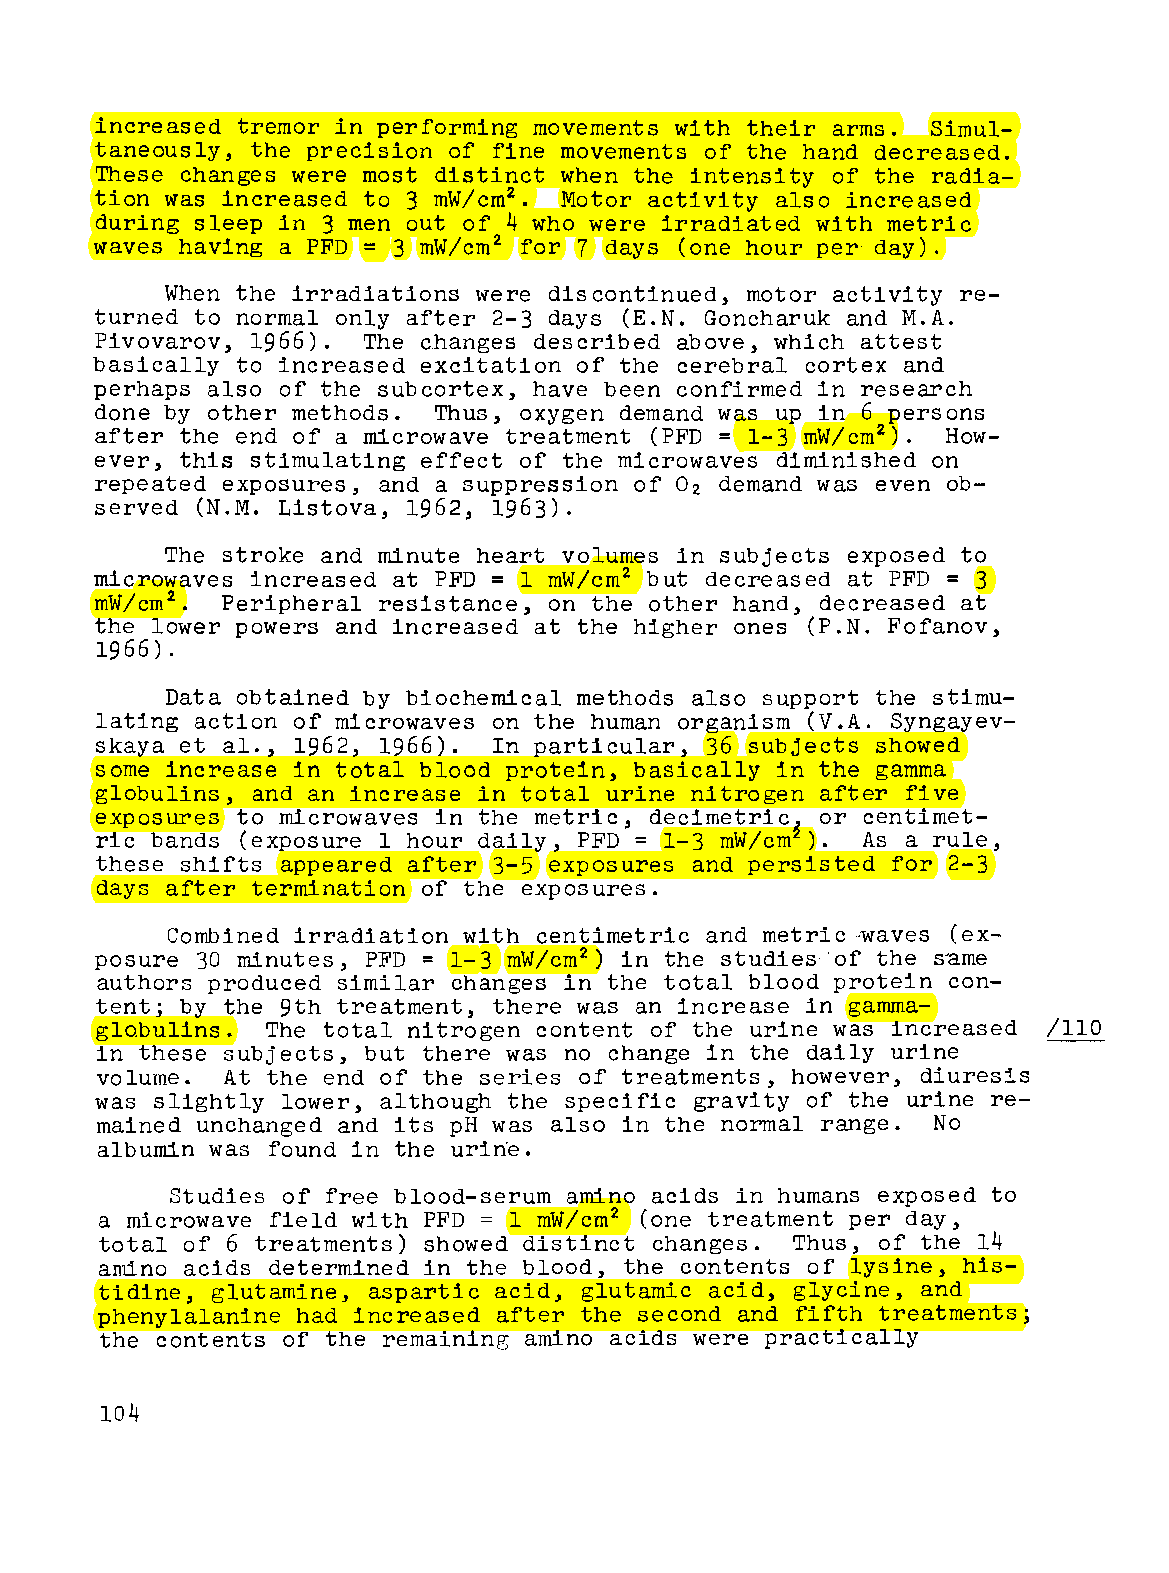
increased tremor in performing movements with their arms. Simul
 taneously, the precision of fine movements of the hand decreased.
 These changes were most distinct when the intensity of the radia
 2
 tion was increased to 3 mW/cm . Motor activity also increased
 during sleep in 3 men out of 4 who were irradiated with metric
 waves having a PFD = 3 mW/cm2 for 7 days (one hour per day).
 When the irradiations were discontinued, motor activity re
 turned to normal only after 2-3 days (E.N. Goncharuk and M.A.
 Pivovarov, 1966). The changes described above, which attest
 basically to increased excitation of the cerebral cortex and
 perhaps also of the subcortex, have been confirmed in research
 done by other methods. Thus, oxygen demand was up in 6 persons
 after the end of a microwave treatment (PFD = 1-3 mW/cm2 ). How
 ever, this stimulating effect of the microwaves diminished on
 repeated exposures, and a suppression of 02 demand was even ob
 served (N.M. Listova, 1962, 1963).
 The stroke and minute heart volumes in subjects exposed to
 microwaves increased at PFD = 1 mW/cm2 but decreased at PFD = 3
 2
 mW/cm .  Peripheral resistance, on the other hand, decreased at
 the lower powers and increased at the higher ones (P.N. Fofanov,
 1966) .
 Data obtained by biochemical methods also support the stimu
 lating action of microwaves on the human organism (V.A. Syngayev
 skaya et al., 1962, 1966). In particular, 36 subjects showed
 some increase in total blood protein, basically in the gamma
 globulins, and an increase in total urine nitrogen after five
 exposures to microwaves in the metric,          or centimet
 decimetric~
 ric bands (exposure 1 hour daily, PFD = 1-3 mW/cm). As a rule,
 these shifts appeared after 3-5 exposures and persisted for 2-3
 days after termination of the exposures.
 Combined irradiation with centimetric and metric~aves (ex
 posure 30 minutes, PFD = 1-3 mW/cm2) in the studies· of the s'ame
 authors produced similar changes in the total blood protein con
 tent; by the 9th treatment, there was an increase in gamma-
 globulins.  The total nitrogen content of the urine was increased /110
 in these subjects, but there was no change in the daily urine
 volume.  At the end of the series of treatments, however, diuresis
 was slightly lower, although the specific gravity of the urine re
 mained unchanged and its pH was also in the normal range. No
 albumin was found in the urine.
 Studies of free blood-serum amino acids in humans exposed to
 a microwave field with PFD = 1 mW/cm2 (one treatment per day,
 total of 6 treatments) showed distinct changes. Thus, of the 14
 amino acids determined in the blood, the contents of lysine, his
 tidine, glutamine, aspartic acid, glutamic acid, glycine, and
 phenylalanine had increased after the second and fifth treatments;
 the contents of the remaining amino acids were practically
 104